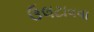
ઉલટાવવા